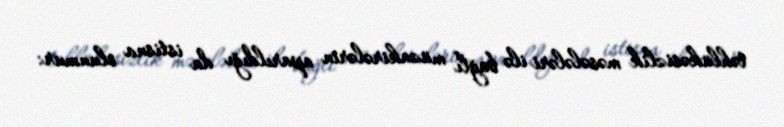
təhlükəsizlik məsələləri ilə bağlı müzakirələrin aparıldığı da istisna olunmur: